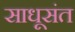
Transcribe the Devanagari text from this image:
साधूसंत